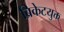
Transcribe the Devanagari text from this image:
ब्रिकेटयुक्त